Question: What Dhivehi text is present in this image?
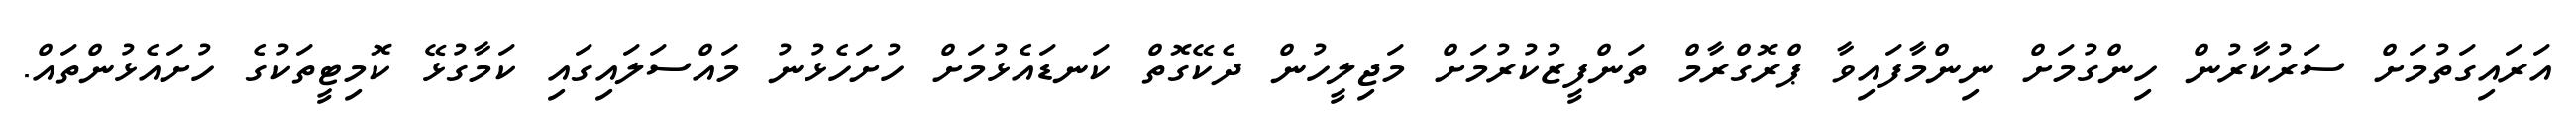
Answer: އަރައިގަތުމަށް ސަރުކާރުން ހިންގުމަށް ނިންމާފައިވާ ޕްރޮގްރާމް ތަންފީޒުކުރުމަށް މަޖިލީހުން ދެކޭގޮތް ކަނޑައެޅުމަށް ހުށަހެޅުނު މައްސަލައިގައި ކަމާގުޅޭ ކޮމިޓީތަކުގެ ހުށައެޅުންތައް.